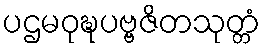
ပဌမဝုဍ္ဎပဗ္ဗဇိတသုတ္တံ